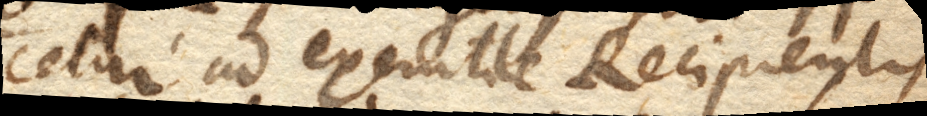
cetur ad exemtile Recipientis